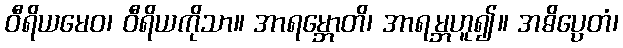
ဝီရိယမေဝ၊ ဝီရိယကိုသာ။ အာရမ္ဘောတိ၊ အာရမ္ဘဟူ၍။ အဓိပ္ပေတံ၊